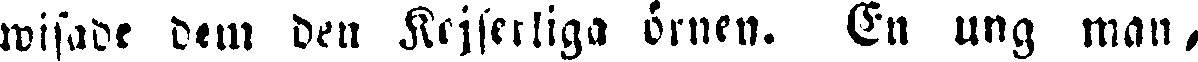
wisade dem den Kejserliga örnen. En ung man,